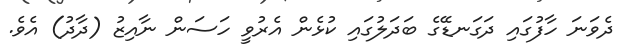
ދެވަނަ ހާފުގައި ދަގަނޑޭގެ ބަދަލުގައި ކުޅެން އެރުވީ ހަސަން ނާއިޒު (ދާދު) އެވެ.